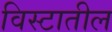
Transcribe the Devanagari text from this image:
विस्टातील